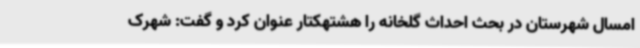
امسال شهرستان در بحث احداث گلخانه را هشتهکتار عنوان کرد و گفت: شهرک